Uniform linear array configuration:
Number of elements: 12
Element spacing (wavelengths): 1
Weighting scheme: binomial
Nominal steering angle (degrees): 30
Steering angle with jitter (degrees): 29.316
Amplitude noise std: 0.05
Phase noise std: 0.05

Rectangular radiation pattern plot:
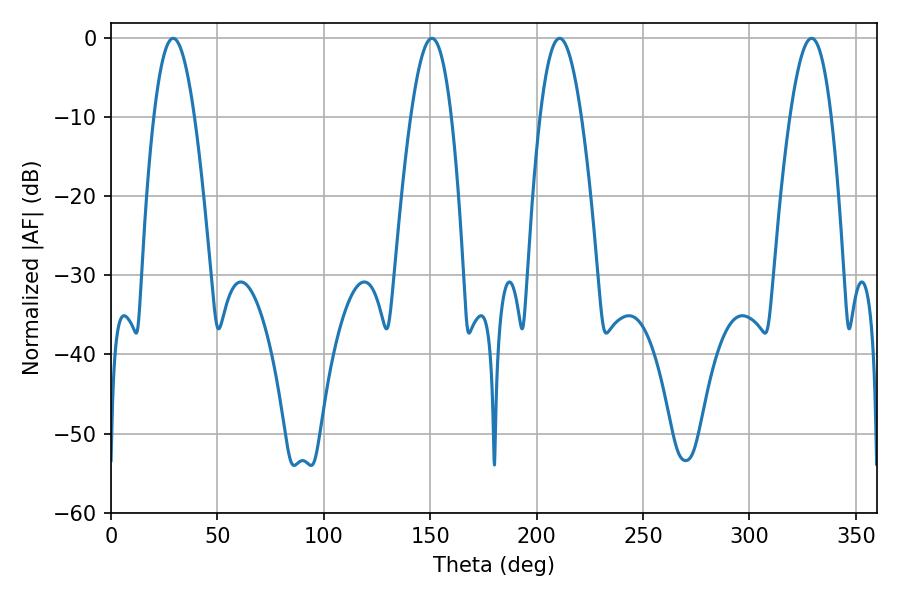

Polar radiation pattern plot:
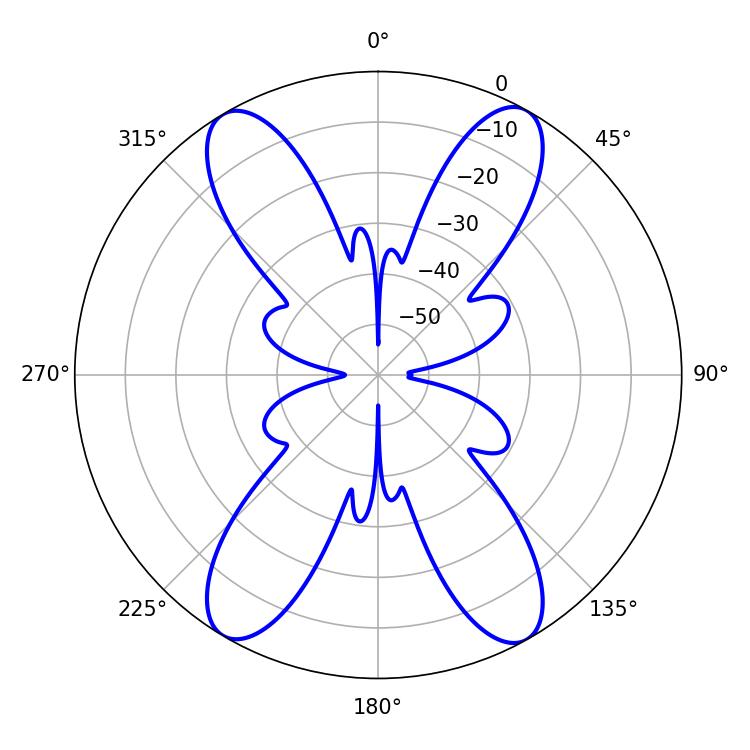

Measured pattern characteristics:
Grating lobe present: TRUE
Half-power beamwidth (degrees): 10.44
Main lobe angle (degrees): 210.78